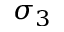
\sigma _ { 3 }